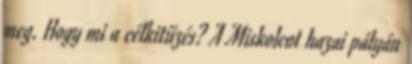
meg. Hogy mi a célkitűzés? A Miskolcot hazai pályán